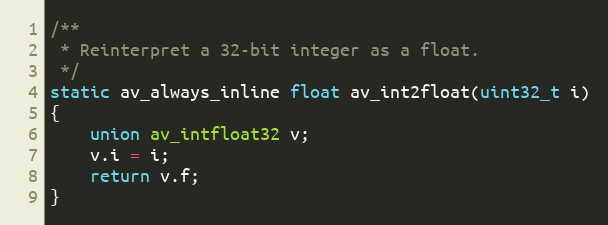
Language: C
/**
 * Reinterpret a 32-bit integer as a float.
 */
static av_always_inline float av_int2float(uint32_t i)
{
    union av_intfloat32 v;
    v.i = i;
    return v.f;
}